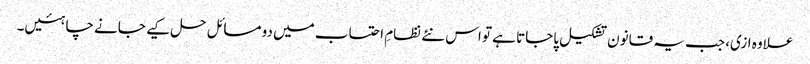
علاوہ ازی، جب یہ قانون تشکیل پاجاتا ہے تو اس نئے نظامِ احتساب میں دو مسائل حل کیے جانے چاہئیں۔